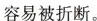
容易被折断。